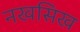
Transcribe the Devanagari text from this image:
नखसिख